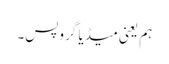
ہم یعنی میڈیا گروپس۔